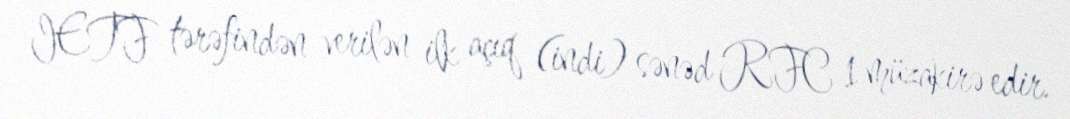
IETF tərəfindən verilən ilk açıq (indi) sənəd RFC 1 müzakirə edir.